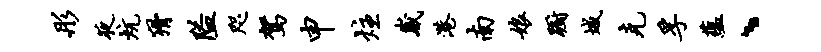
彤夜炕猾隘咫驾申炷崴港南娘蹰城克孚蕴、